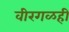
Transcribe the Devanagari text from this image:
वीरगळही